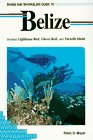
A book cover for Diving and Snorkeling Guide to Belize: Includes Lighthouse Reef, Glover Reef, and Turneffe Island (Lonely Planet Diving and Snorkeling Guides); Franz O. Meyer; Travel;